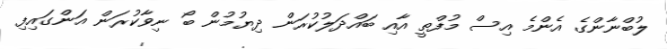
ލުބްނާންގެ އެންމެ އިސް މުފްތީ އާއި ބައްދަލުކުރަން ދިޔުމުން ބޯ ނިވާކުރަން އަންގައިފި